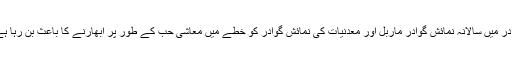
گوادر میں سالانہ نمائش گوادر ماربل اور معدنیات کی نمائش گوادر کو خطے میں معاشی حب کے طور پر ابھارنے کا باعث بن رہا ہے ۔